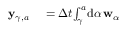
\begin{array} { r l } { \mathbf { y } _ { \gamma , a _ { } } ^ { } } & { { } = \Delta t { } \! \int _ { \gamma } ^ { a _ { } } \! \mathrm { d } \alpha { } \, \mathbf { w } _ { \alpha { } } } \end{array}